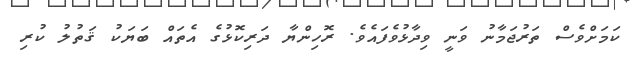
ކަމަށްވެސް ތަރުޖަމާނު ވަނީ ވިދާޅުވެފައެވެ. ރޮހިންޔާ ދަރިކޮޅުގެ އެތައް ބަޔަކު ޤަތުލު ކުރި